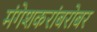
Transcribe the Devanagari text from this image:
मंगेशकरांबरोबर